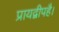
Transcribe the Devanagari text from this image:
प्रायद्वीपहै।